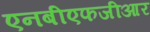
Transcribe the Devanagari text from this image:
एनबीएफजीआर